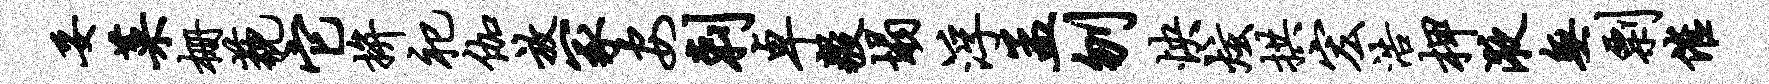
妥菜栅藐它拚祀伽放冢安剌卓毅塌浮孟刎怏炫拱宏浩柙液无剽催